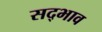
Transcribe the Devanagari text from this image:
सद्‍भाव